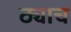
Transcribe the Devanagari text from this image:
ठ्याच